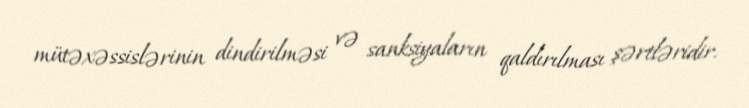
mütəxəssislərinin dindirilməsi və sanksiyaların qaldırılması şərtləridir.